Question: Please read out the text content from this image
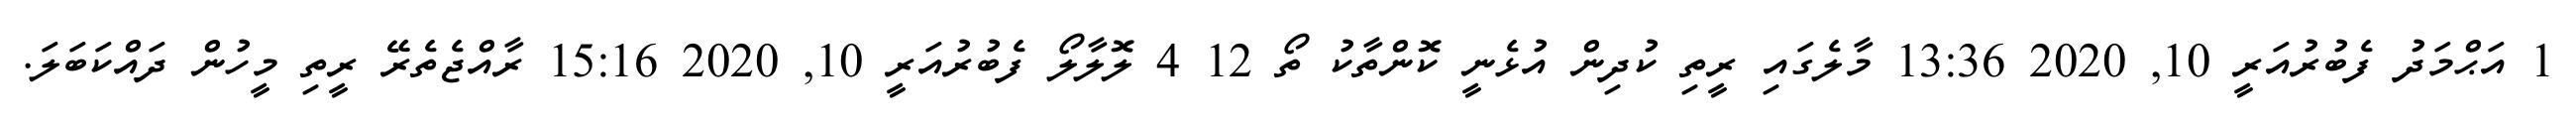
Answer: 1 އަޙްމަދު ފެބުރުއަރީ 10, 2020 13:36 މާލެގައި ރީތި ކުދިން އުޅެނީ ކޮންތާކު ތޯ 12 4 ލޮލާލޯ ފެބުރުއަރީ 10, 2020 15:16 ރާއްޖެތެރޭ ރީތި މީހުން ދައްކަބަލަ.